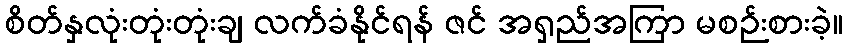
စိတ်နှလုံးတုံးတုံးချ လက်ခံနိုင်ရန် ဇင် အရှည်အကြာ မစဉ်းစားခဲ့။